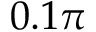
0 . 1 \pi